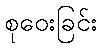
စုဝေးခြင်း